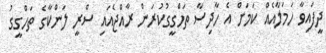
ދީފައިވާ ހަމަލާއެއް ކަމަށް އެ ހާދިސާ ތަހްގީގުކުރަން ރާއްޖެއައި ސްރީ ލަންކާގެ ތަހްގީގު